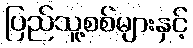
ပြည်သူ့စစ်များနှင့်